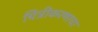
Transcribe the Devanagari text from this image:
चित्रीकरणाचा